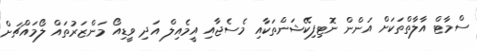
ސްމާޓް އާލާތްތަކަށް އަންން ނޮޓިފިކޭޝަންތަކާއި މެސެޖާއި އީމެއިލް އަދި ވީޑިއޯ މަންޒަރުތައް ލޯމައްޗަށް